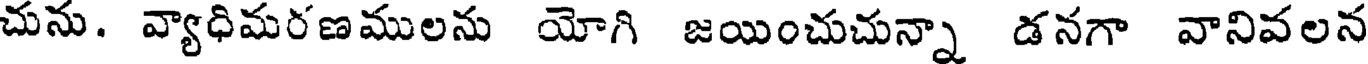
చును. వ్యాధిమరణములను యోగి జయించుచున్నా డనగా వానివలన